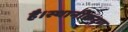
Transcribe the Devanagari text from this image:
है।स्थानीकरण